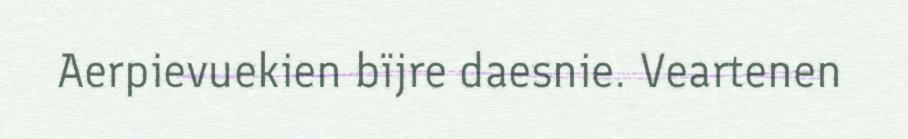
Aerpievuekien bïjre daesnie. Veartenen